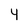
Character: 4